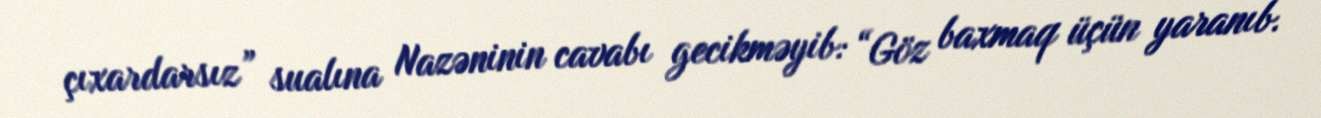
çıxardarsız” sualına Nazəninin cavabı gecikməyib: “Göz baxmaq üçün yaranıb.